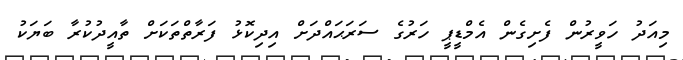
މިއަދު ހަވީރުން ފެށިގެން އެމްޑީޕީ ހަރުގެ ސަރަޙައްދަށް އިދިކޮޅު ފަރާތްތަކަށް ތާއީދުކުރާ ބަޔަކު